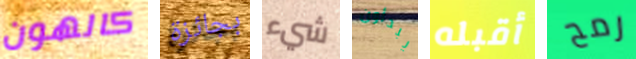
كالهون بجائزة شيء يبدأون أقبله رمح